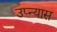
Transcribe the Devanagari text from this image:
उप्न्यास